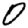
Digit: 0